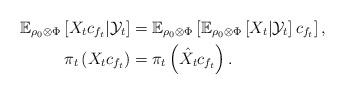
LaTeX: \begin{align*}\mathbb{E}_{\rho_0 \otimes \Phi} \left[X_t c_{f_t} | \mathcal{Y}_t \right] & = \mathbb{E}_{\rho_0 \otimes \Phi} \left[\mathbb{E}_{\rho_0 \otimes \Phi}\left[X_t | \mathcal{Y}_t\right]c_{f_t}\right], \\\pi_t \left(X_t c_{f_t} \right) & = \pi_t \left(\hat{X}_t c_{f_t}\right). \end{align*}